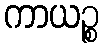
ကာယဉ္စ